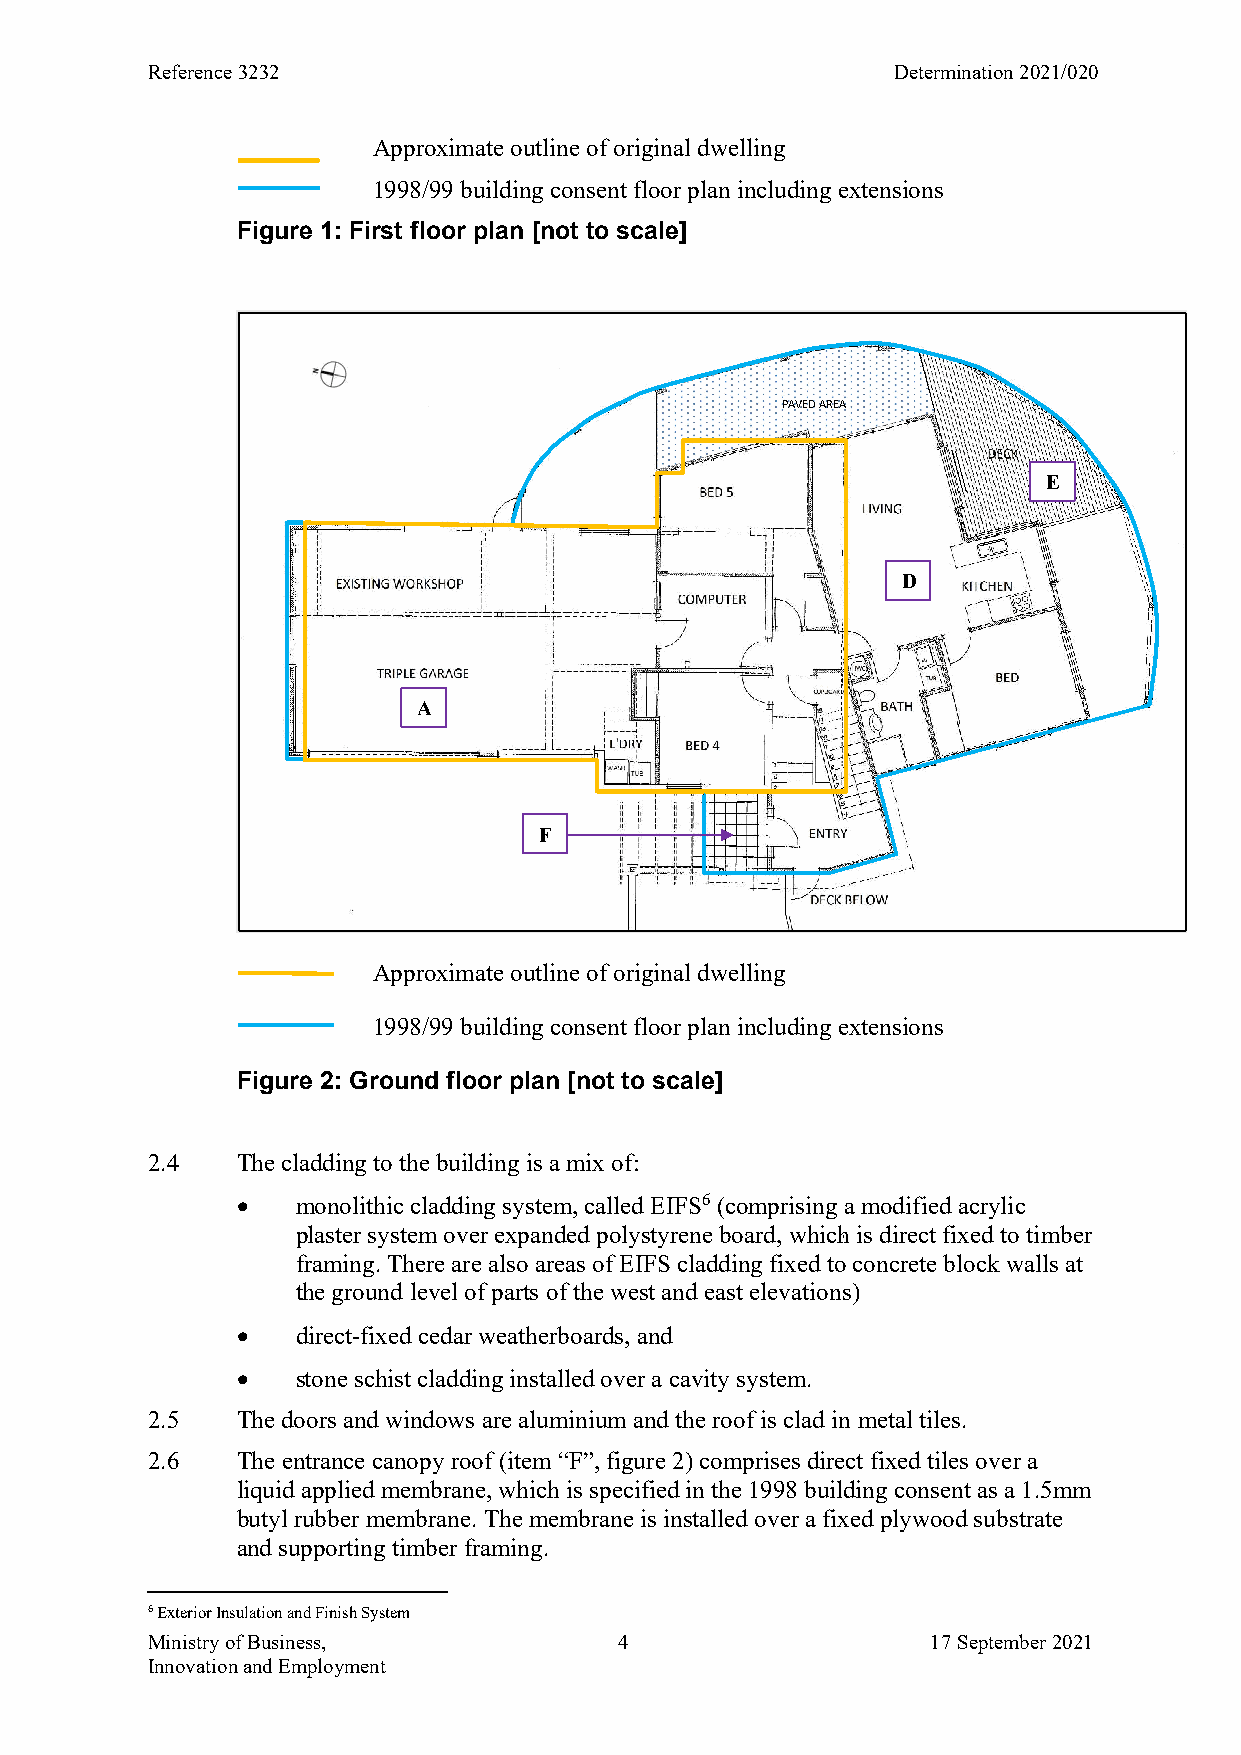
Reference 3232                                   Determination 2021/020
 Approximate outline of original dwelling
 1998/99 building consent floor plan including extensions
 Figure 1: First floor plan [not to scale]
 PAVED AREA
 E
 D
 A
 F
 Approximate outline of original dwelling
 1998/99 building consent floor plan including extensions
 Figure 2: Ground floor plan [not to scale]
 2.4   The cladding to the building is a mix of:
    monolithic cladding system, called EIFS6 (comprising a modified acrylic
 plaster system over expanded polystyrene board, which is direct fixed to timber
 framing. There are also areas of EIFS cladding fixed to concrete block walls at
 the ground level of parts of the west and east elevations)
    direct-fixed cedar weatherboards, and
    stone schist cladding installed over a cavity system.
 2.5   The doors and windows are aluminium and the roof is clad in metal tiles.
 2.6   The entrance canopy roof (item “F”, figure 2) comprises direct fixed tiles over a
 liquid applied membrane, which is specified in the 1998 building consent as a 1.5mm
 butyl rubber membrane. The membrane is installed over a fixed plywood substrate
 and supporting timber framing.
 6 Exterior Insulation and Finish System
 Ministry of Business,          4                    17 September 2021
 Innovation and Employment